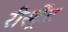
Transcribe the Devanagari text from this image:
रीस्ट्रेंट